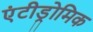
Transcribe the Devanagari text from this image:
एंटीड्रोमिक